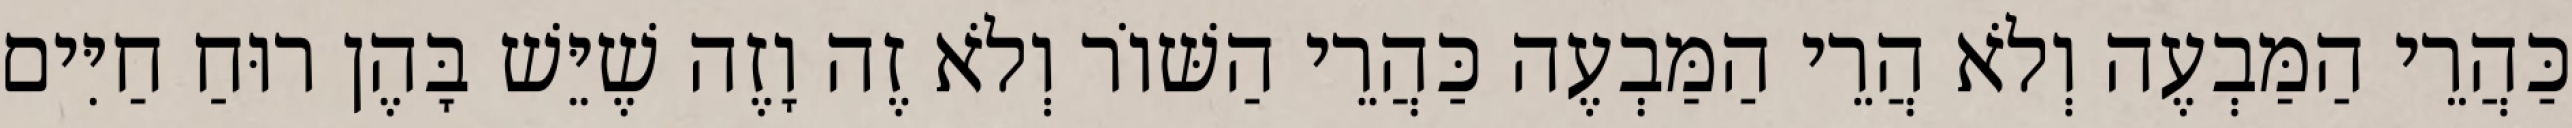
כַּהֲרֵי הַמַּבְעֶה וְלֹא הֲרֵי הַמַּבְעֶה כַּהֲרֵי הַשּׁוֹר וְלֹא זֶה וָזֶה שֶׁיֵּשׁ בָּהֶן רוּחַ חַיִּים